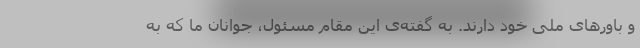
و باورهای ملی خود دارند. به گفته‌ی این مقام مسئول، جوانان ما که به